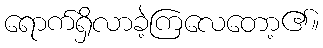
ရောက်ရှိလာခဲ့ကြလေတော့၏။